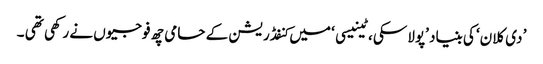
’ دی کلان‘ کی بنیاد ’پولاسکی ، ٹینیسی ‘ میں کنفڈریشن کے حامی چھ فوجیوں نے رکھی تھی ۔